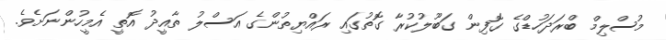
މުސްލިމް ބްރަދަހުޑްގެ ގޮފިން ގަބޫލުކުރާ ގޮތުގައި ރައްޔިތުންގެ އަސްލު ތާއީދު އޮތީ އެމީހުންނަށެވެ.